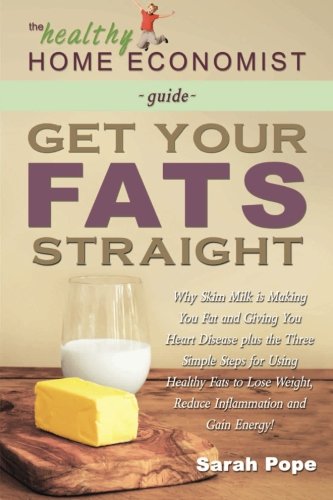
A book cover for Get Your Fats Straight: Why Skim Milk is Making You Fat and Giving You Heart Disease plus theÂ Three Simple Steps for Using Healthy Fats to Lose ... Energy! (The Healthy Home Economist Guide); Sarah Pope; Health, Fitness & Dieting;